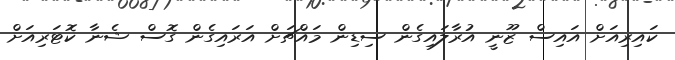
ކައިރިއަށް އައިސް ޒޫނީ އުރާލައިގެން ސިޑިން މައްޗަށް އަރައިގެން ގޮސް ޝެނާ ކޮޓަރިއަށް